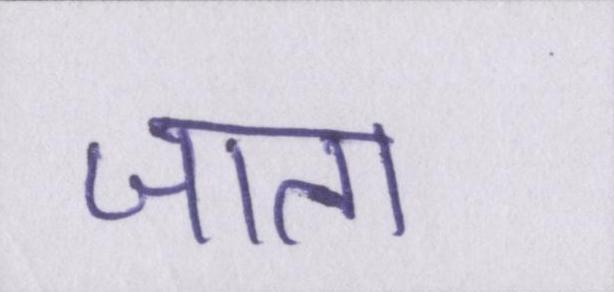
जाता